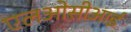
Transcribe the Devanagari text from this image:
एलओसीआई